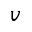
v